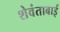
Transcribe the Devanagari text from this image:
शेवंताबाई